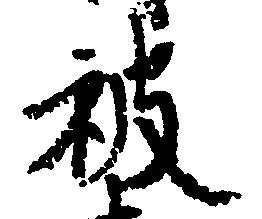
被